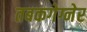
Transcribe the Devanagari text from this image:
तबकगेग्नेर